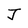
Character: J